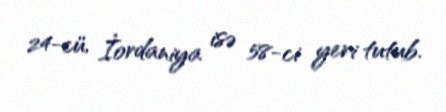
24-cü, İordaniya isə 58-ci yeri tutub.